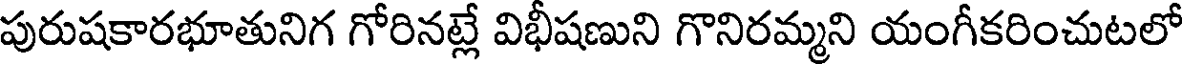
పురుషకారభూతునిగ గోరినట్లే విభీషణుని గొనిరమ్మని యంగీకరించుటలో